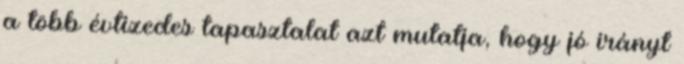
a több évtizedes tapasztalat azt mutatja, hogy jó irányt